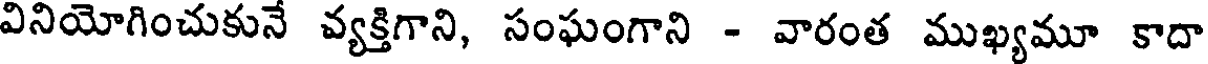
వినియోగించుకునే వ్యక్తిగాని, సంఘంగాని - వారంత ముఖ్యమూ కాదా